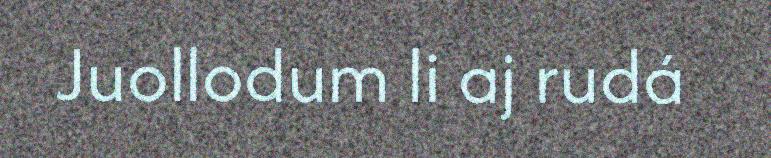
Juollodum li aj rudá